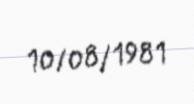
10/08/1981